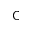
\sf C